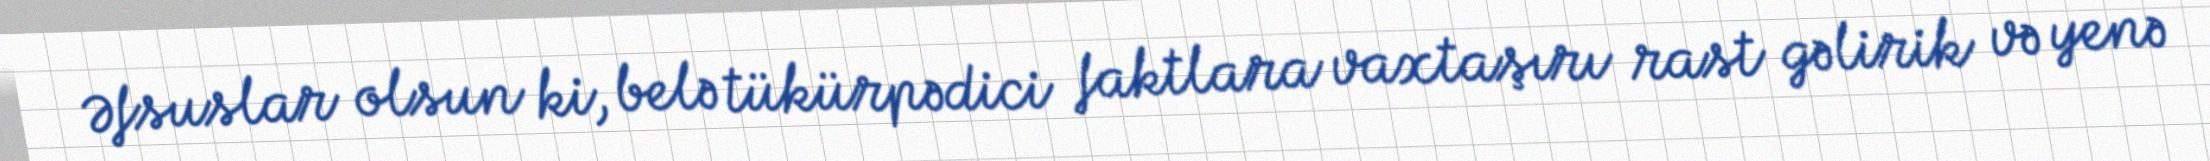
Əfsuslar olsun ki, belə tükürpədici faktlara vaxtaşırı rast gəlirik və yenə